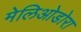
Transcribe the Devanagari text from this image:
मेलिओडोरा